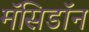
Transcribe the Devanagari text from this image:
मॅसिडॉन